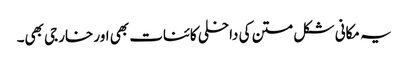
یہ مکانی شکل متن کی داخلی کائنات بھی اور خارجی بھی۔